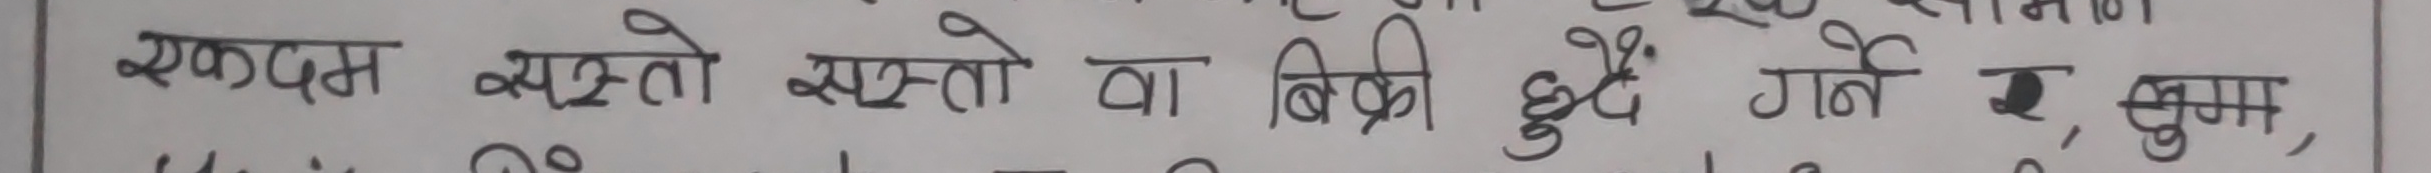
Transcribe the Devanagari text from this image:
एक्दम सस्तो वा बिक्री हुँदै गर्ने र, क्षुद्र,